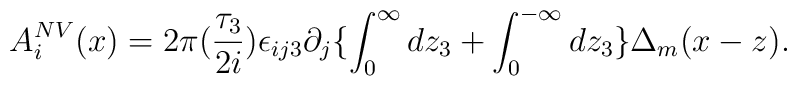
A_i^{NV}(x)=2\pi (\frac{\tau_3}{2i})\epsilon_{ij3}\partial_j\{\int_0^{\infty} dz_3+\int_0^{-\infty}dz_3\}\Delta_m(x-z).